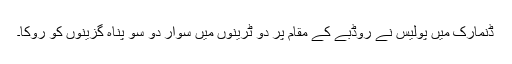
ڈنمارک میں پولیس نے روڈبے کے مقام پر دو ٹرینوں میں سوار دو سو پناہ گزینوں کو روکا۔